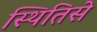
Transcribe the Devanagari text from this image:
स्थितिसे